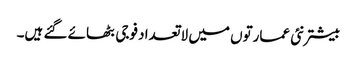
بیشتر نئی عمارتوں میں لاتعداد فوجی بٹھائے گئے ہیں۔